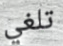
تلغي